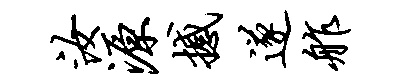
汝源撼遂舴